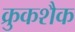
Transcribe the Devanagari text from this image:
क्रुकशैक